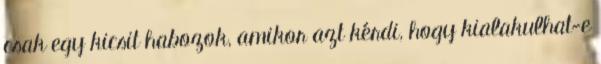
csak egy kicsit habozok, amikor azt kérdi, hogy kialakulhat-e